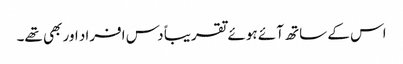
اس کے ساتھ آئے ہوئے تقریباً دس افراد اور بھی تھے۔